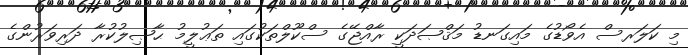
މި ކަލަރސް އެވޯޑުގެ މައިގަނޑު މަޤްޞަދަކީ ރާއްޖޭގެ ސްކޫލްތަކުގައި ތަޢުލީމު ޙާޞިލުކުރާ ދަރިވަރުންގެ